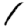
Digit: 1